Calcutta medical institutions reports 1892-1900
Year: 1892
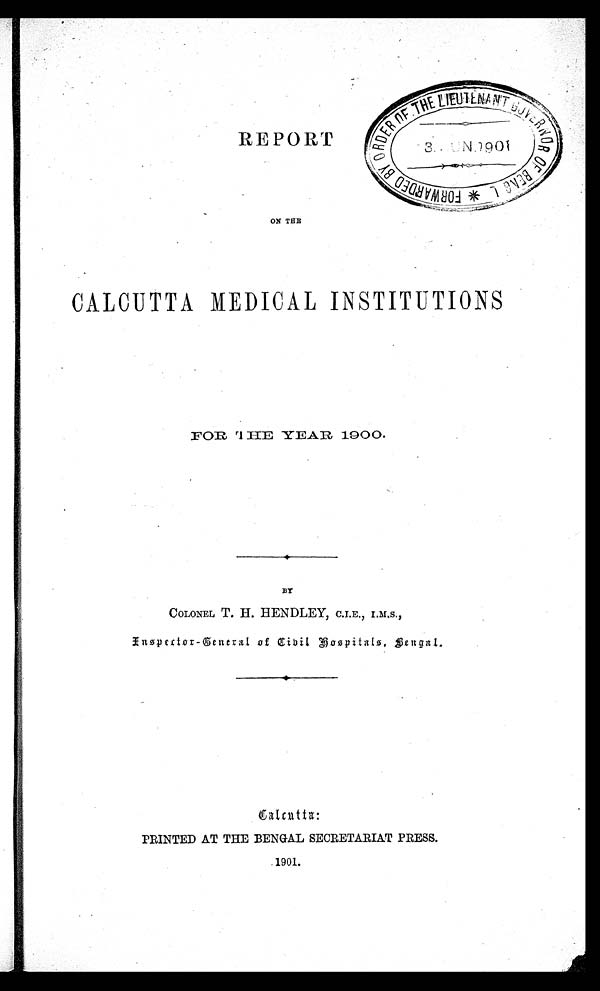
REPORT
ON THE
CALCUTTA MEDICAL INSTITUTIONS
FOR THE YEAR 1900.
BY
COLONEL T. H. HENDLEY, C.I.E., I.M.S.,
Inspector-General of Civil Hospitals, Bengal.
Calcutta:
PRINTED AT THE BENGAL SECRETARIAT PRESS.
1901.